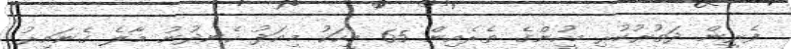
ފެރީން ދަތުރުކުރި މީހުންގެ ތެރެއިން 65 މީހަކު މިއަދު ހެނދުނު މާލެ ގެނައިރު